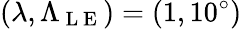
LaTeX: (\lambda,\Lambda_{\mathrm{~L~E~}})=(1,10^{\circ})